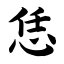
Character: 恁